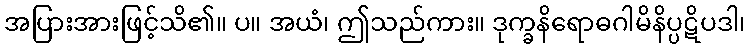
အပြားအားဖြင့်သိ၏။ ပ။ အယံ၊ ဤသည်ကား။ ဒုက္ခနိရောဓဂါမိနိပ္ပဋိပဒါ၊